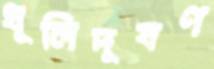
ধূলিদূষণ